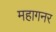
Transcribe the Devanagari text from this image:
महागनर